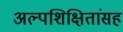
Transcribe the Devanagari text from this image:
अल्पशिक्षितांसह